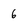
Character: 6